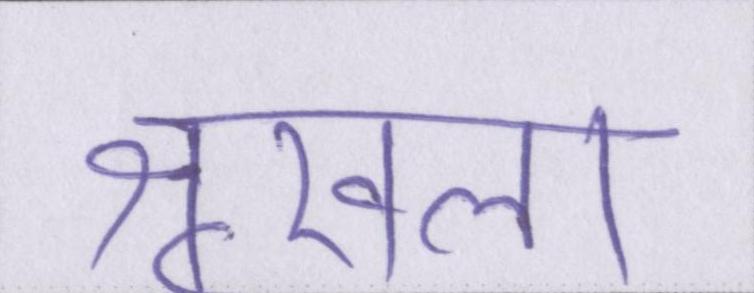
शृखला